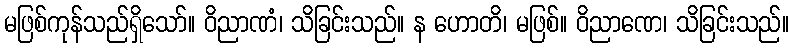
မဖြစ်ကုန်သည်ရှိသော်။ ဝိညာဏံ၊ သိခြင်းသည်။ န ဟောတိ၊ မဖြစ်။ ဝိညာဏေ၊ သိခြင်းသည်။